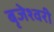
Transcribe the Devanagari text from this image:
बृजेश्वरी